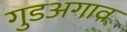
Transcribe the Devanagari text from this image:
गुडअगाव